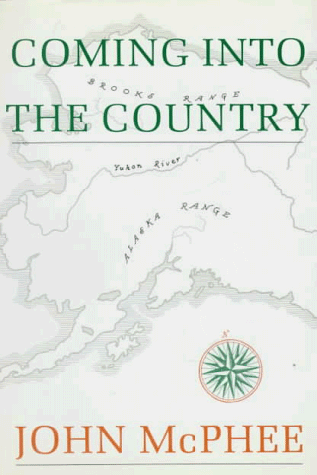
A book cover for Coming into the Country; John McPhee; Travel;